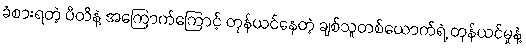
ခံစားရတဲ့ ပီတိနဲ့ အကြောက်ကြောင့် တုန်ယင်နေတဲ့ ချစ်သူတစ်ယောက်ရဲ့ တုန်ယင်မှုနဲ့